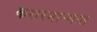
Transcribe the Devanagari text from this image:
करारनाम्यात